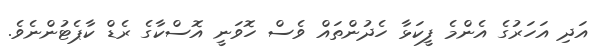
އަދި އަހަރުގެ އެންމެ ފީކަޅާ ހެދުންތައް ވެސް ހޮވަނީ އޮސްކާގެ ރެޑް ކާޕެޓުންނެވެ.